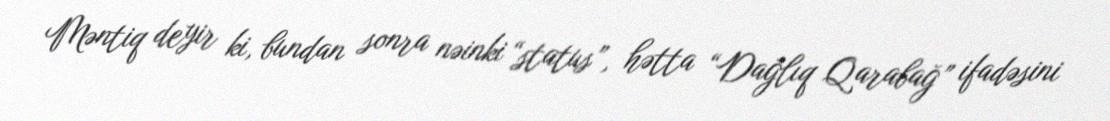
Məntiq deyir ki, bundan sonra nəinki “status”, hətta “Dağlıq Qarabağ” ifadəsini